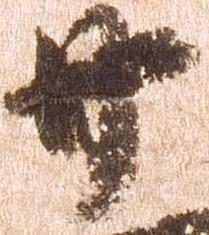
廿